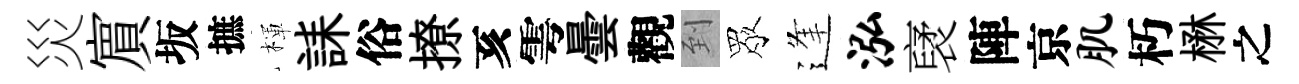
災賔坂摭楎誄俗撩亥雩曇觀到眾逢泓裦陣京肌朽楙之